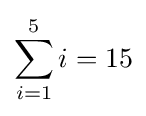
\sum _{i=1}^{5}i=15